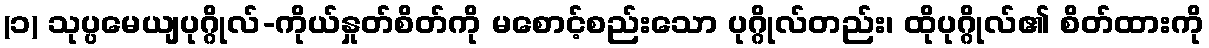
(၁) သုပ္ပမေယျပုဂ္ဂိုလ်-ကိုယ်နှုတ်စိတ်ကို မစောင့်စည်းသော ပုဂ္ဂိုလ်တည်း၊ ထိုပုဂ္ဂိုလ်၏ စိတ်ထားကို